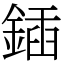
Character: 鍤